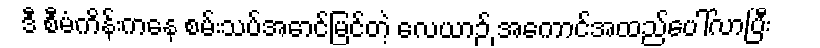
ဒီ စီမံကိန်းကနေ စမ်းသပ်အောင်မြင်တဲ့ လေယာဉ် အကောင်အထည်ပေါ်လာပြီး